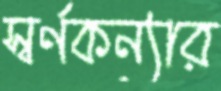
স্বর্ণকন্যার